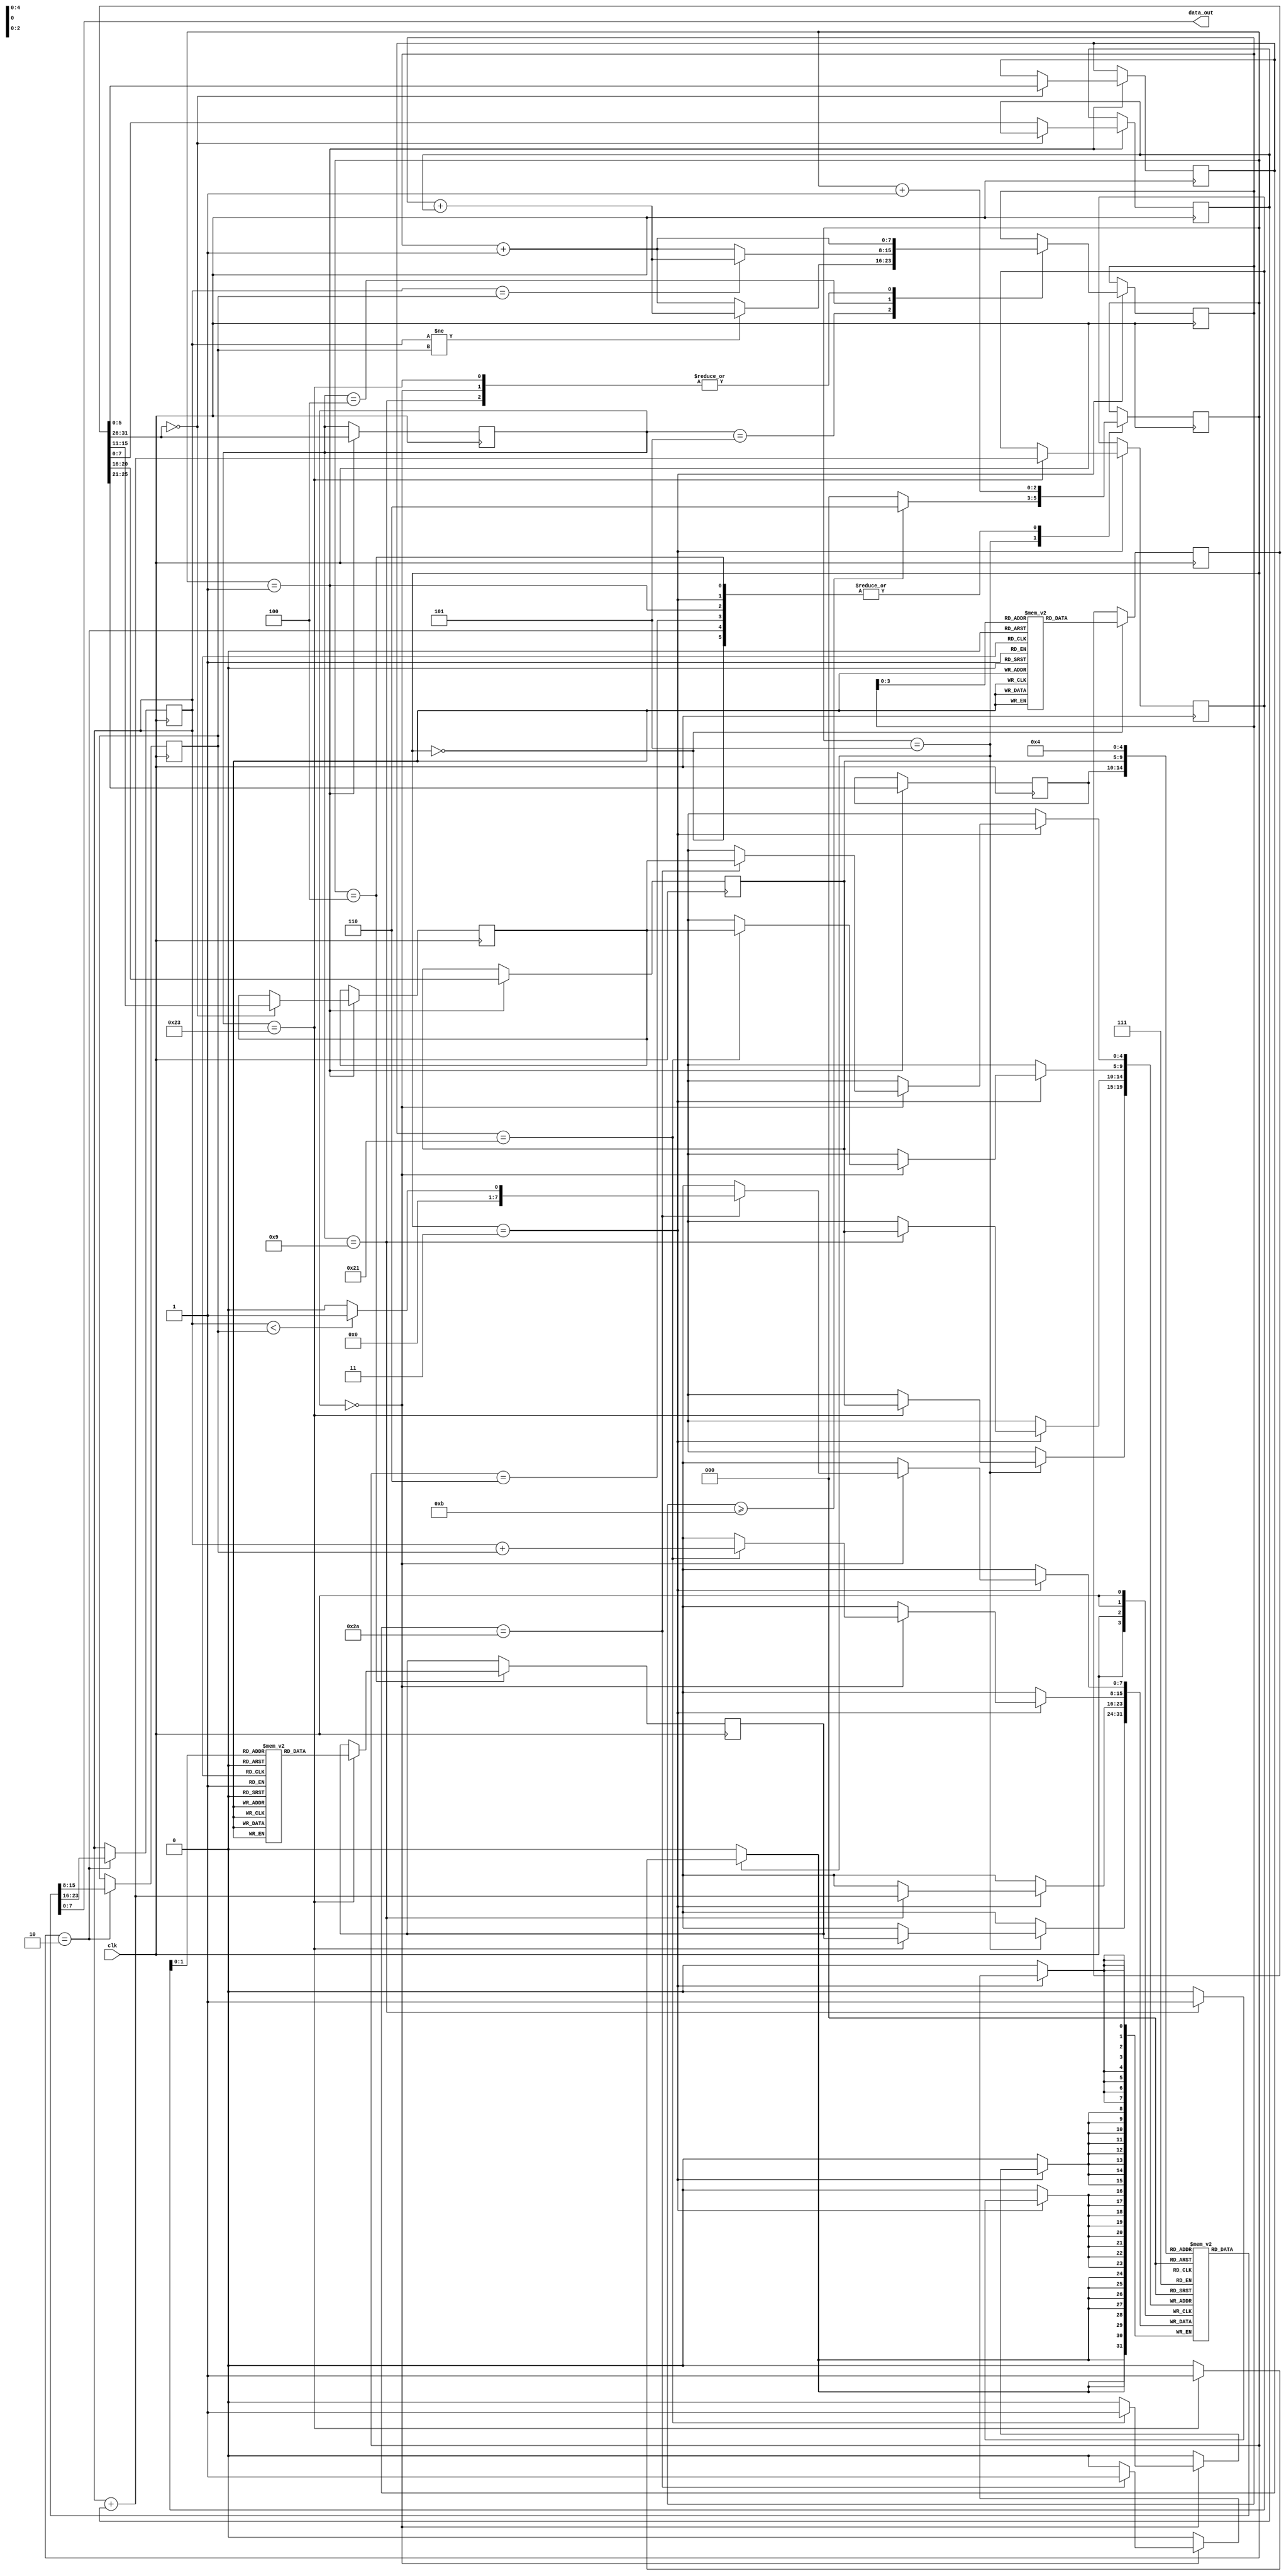
`timescale 1ns / 1ps
`define OUTPUT_REG 8'h04
`define MAX_PC 8'h0b
//////////////////////////////////////////////////////////////////////////////////
// Company: 
// Engineer: 
// 
// Design Name: 
// Module Name:    microprocessor 
// Project Name: 
// Target Devices: 
// Tool versions: 
// Description: 
//
// Dependencies: 
//
// Revision: 
// Revision 0.01 - File Created
// Additional Comments: 
//
//////////////////////////////////////////////////////////////////////////////////
`define OUTPUT_REG 8'h04
`define MAX_PC 8'h0b
module microprocessor(clk, data_out);
	input clk;

	output [7:0] data_out;
	wire [7:0] data_out;
	reg [31:0] instruction_memory [10:0];
	reg [7:0] data_memory [2:0];
	reg [7:0] register_file [31:0];

	reg [7:0] pc;
	reg [31:0] instruction;
	reg [5:0] opcode;
	reg [4:0] rs;
	reg [4:0] rt;
	reg [4:0] rd;
	reg [4:0] shift;
	reg [5:0] function_field;
	reg [7:0] immediate;
	reg [7:0] register_operand_1;
	reg [7:0] register_operand_2;
	reg [7:0] address;
	reg [7:0] lw_read_data;
	reg [2:0] state = 0;

	

	initial begin
		data_memory[0] = 8'b11110110;  // a = -20
		data_memory[1] = 8'b00001010;  // b = 10
		data_memory[2] = 8'b00000010;  // c = 2
	end 

	initial begin
		register_file[0] = 8'b00000000;  // r0 = 0
		register_file[1] = 8'b00000000;  // r1 = 0
		register_file[2] = 8'b00000000;  // r2 = 0
		register_file[3] = 8'b00000000;  // r3 = 0
		register_file[4] = 8'b00000000;  // r4 = 0
		register_file[5] = 8'b00000000;  // r5 = 0
		register_file[6] = 8'b00000000;  // r6 = 0
		register_file[7] = 8'b00000000;  // r7 = 0
		register_file[8] = 8'b00000000;  // r8 = 0
		register_file[9] = 8'b00000000;  // r9 = 0
		register_file[10] = 8'b00000000;  // r10 = 0
		register_file[11] = 8'b00000000;  // r11 = 0
		register_file[12] = 8'b00000000;  // r12 = 0
		register_file[13] = 8'b00000000;  // r13 = 0
		register_file[14] = 8'b00000000;  // r14 = 0
		register_file[15] = 8'b00000000;  // r15 = 0
		register_file[16] = 8'b00000000;  // r16 = 0
		register_file[17] = 8'b00000000;  // r17 = 0
		register_file[18] = 8'b00000000;  // r18 = 0
		register_file[19] = 8'b00000000;  // r19 = 0
		register_file[20] = 8'b00000000;  // r20 = 0
		register_file[21] = 8'b00000000;  // r21 = 0
		register_file[22] = 8'b00000000;  // r22 = 0
		register_file[23] = 8'b00000000;  // r23 = 0
		register_file[24] = 8'b00000000;  // r24 = 0
		register_file[25] = 8'b00000000;  // r25 = 0
		register_file[26] = 8'b00000000;  // r26 = 0
		register_file[27] = 8'b00000000;  // r27 = 0
		register_file[28] = 8'b00000000;  // r28 = 0
		register_file[29] = 8'b00000000;  // r29 = 0
		register_file[30] = 8'b00000000;  // r30 = 0
		register_file[31] = 8'b00000000;  // r31 = 0
	end

	initial begin
		pc = 8'b00000000;
	end

	initial begin
		instruction_memory[0] = 32'b100011_00000_00001_0000000000000000;
		instruction_memory[1] = 32'b100011_00000_00010_0000000000000001;
		instruction_memory[2] = 32'b100011_00000_00011_0000000000000010;
		instruction_memory[3] = 32'b001001_00000_00100_0000000000000000;
		instruction_memory[4] = 32'b001001_00001_00101_0000000000000000;
		instruction_memory[5] = 32'b000000_00101_00010_00110_00000_101010;
		instruction_memory[6] = 32'b000100_00110_00000_0000000000000101;
		instruction_memory[7] = 32'b000000_00100_00101_00100_00000_100001;
		instruction_memory[8] = 32'b000000_00101_00011_00101_00000_100001;
		instruction_memory[9] = 32'b000000_00101_00010_00110_00000_101010;
		instruction_memory[10] = 32'b000101_00110_00000_1111111111111101;
	end

	always @(posedge clk) begin
		case(state) 
			0 :
			begin
				instruction = instruction_memory[pc];
				state = state + 1;
			end
			1 : 
			begin
				opcode = instruction[31:26];
				case(opcode)
					0 : 
					begin
						rs = instruction[25:21];
						rt = instruction[20:16];
						rd = instruction[15:11];
						shift = instruction[10:6];
						function_field = instruction[5:0];
					end
					default : 
					begin
						rs = instruction[25:21];
						rt = instruction[20:16];
						immediate = instruction[7:0];
					end
				endcase
				state = state + 1;
			end
			2 : 
			begin
				register_operand_1 = register_file[rs];
				register_operand_2 = register_file[rt];
				state = state + 1;
			end
			3 :
			begin
				case(opcode)
					0 : begin
							case(function_field)
								6'h2a : begin
									register_file[rd] = $signed(register_operand_1) < $signed(register_operand_2) ? 8'b00000001 : 8'b00000000;
								end
								6'h21 : begin
									register_file[rd] = register_operand_1 + register_operand_2;
								end
							endcase
							pc = pc + 1;
						end
					6'h09 : begin
						register_file[rt] = register_operand_1 + immediate;
						pc = pc + 1;
					end
					6'h05 : begin
						if(register_operand_1 != register_operand_2) begin
							pc = pc + immediate;
						end
						else begin
							pc = pc + 1;
						end
					end
					6'h04 : begin
						if(register_operand_1 == register_operand_2) begin
							pc = pc + immediate;
						end
						else begin
							pc = pc + 1;
						end
					end
					6'h23 : begin
						address = register_operand_1 + immediate;
						pc = pc + 1;
					end
				endcase
				state = state + 1;
			end
			4 : 
			begin
				case(opcode) 
					6'h23 : begin
						lw_read_data = data_memory[address];
					end
				endcase
				state = state + 1;
			end
			5 : 
			begin
				case(opcode)
					6'h23 : begin
						register_file[rt] = lw_read_data;
					end
				endcase
				if(pc >= `MAX_PC) begin
					state = 6;
				end
				else begin
					state = 0;
				end
			end
			6 :
			begin
				$display("%d",$signed(register_file[`OUTPUT_REG]));
				state = state + 1;
			end
		endcase
	end

   assign data_out = register_file[`OUTPUT_REG];
	

endmodule